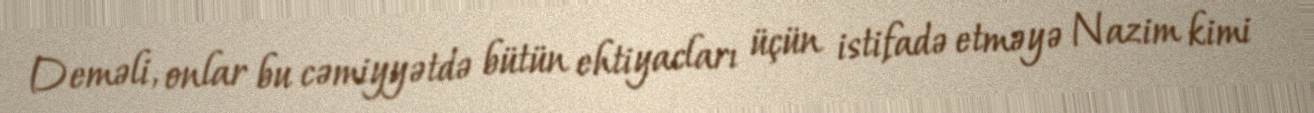
Deməli, onlar bu cəmiyyətdə bütün ehtiyacları üçün istifadə etməyə Nazim kimi